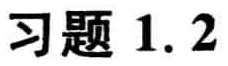
习题 1.2